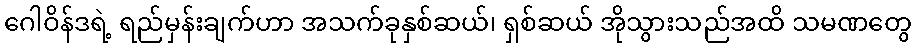
ဂေါဝိန်ဒရဲ့ ရည်မှန်းချက်ဟာ အသက်ခုနှစ်ဆယ်၊ ရှစ်ဆယ် အိုသွားသည်အထိ သမဏတွေ